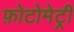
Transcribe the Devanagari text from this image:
फ़ोटोमेट्री